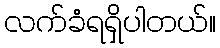
လက်ခံရရှိပါတယ်။